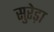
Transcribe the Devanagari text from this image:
सुरेड़ा